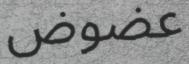
عضوض